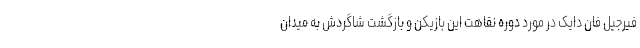
فیرجیل فان دایک در مورد دوره نقاهت این بازیکن و بازگشت شاگردش به میدان